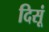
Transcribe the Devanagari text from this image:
दिसूं